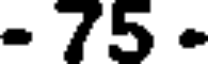
- 75 -